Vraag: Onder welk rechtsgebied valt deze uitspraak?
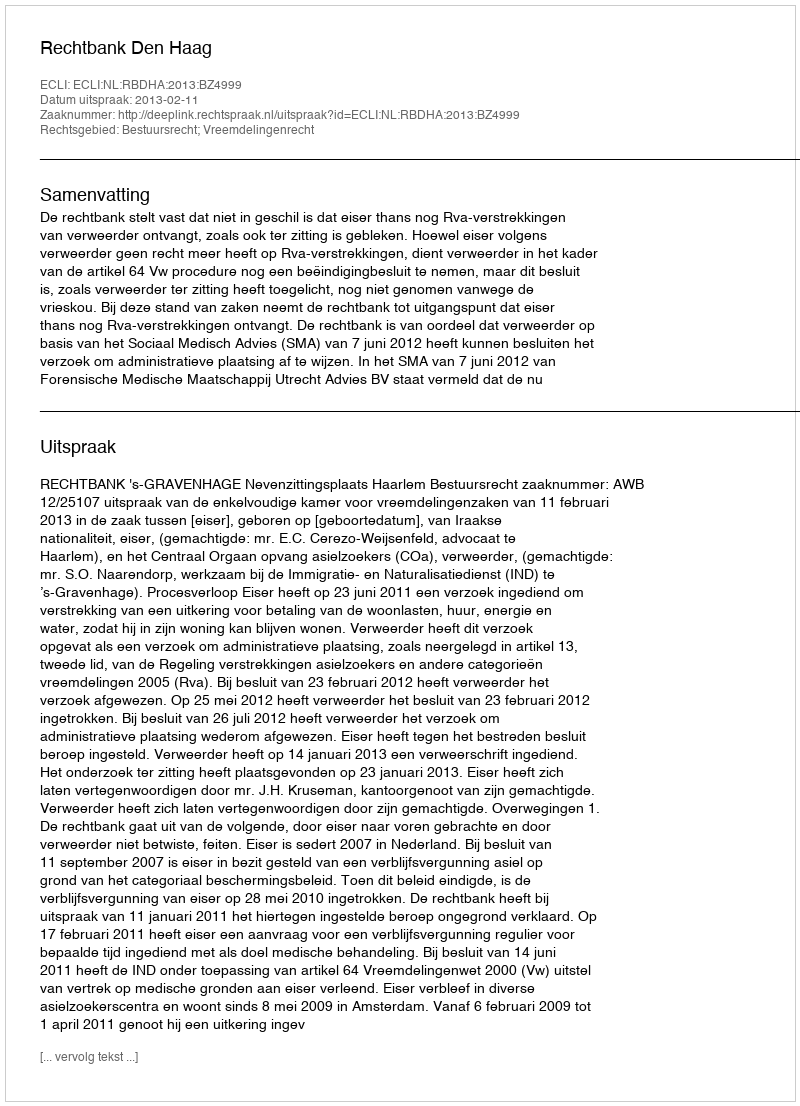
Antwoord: Bestuursrecht; Vreemdelingenrecht